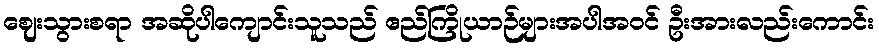
ဈေးသွားစရာ အဆိုပါကျောင်းသူသည် ဧည်ကြိုယာဉ်များအပါအဝင် ဦးအားလည်းကောင်း